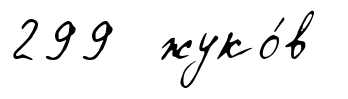
299 жуко́в